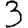
Digit: 3